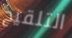
التلقيح